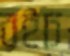
রইচ